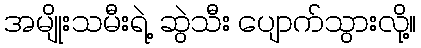
အမျိုးသမီးရဲ့ ဆွဲသီး ပျောက်သွားလို့။